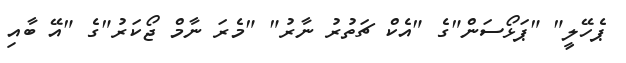
ޕެހޭލީ" "ޕަޅޯސަން"ގެ "އެކް ޗަތުރު ނާރު" "މެރަ ނާމް ޖޯކަރު"ގެ "އޭ ބާއި